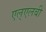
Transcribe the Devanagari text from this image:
एल्‌एलबी